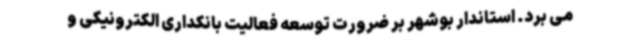
می برد. استاندار بوشهر بر ضرورت توسعه فعالیت بانکداری الکترونیکی و